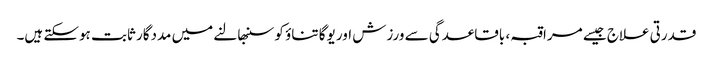
قدرتی علاج جیسے مراقبہ ، باقاعدگی سے ورزش اور یوگا تناؤ کو سنبھالنے میں مددگار ثابت ہوسکتے ہیں۔